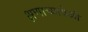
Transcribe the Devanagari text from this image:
क्षणाच्यावेळी